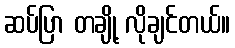
ဆပ်ပြာ တချို့ လိုချင်တယ်။